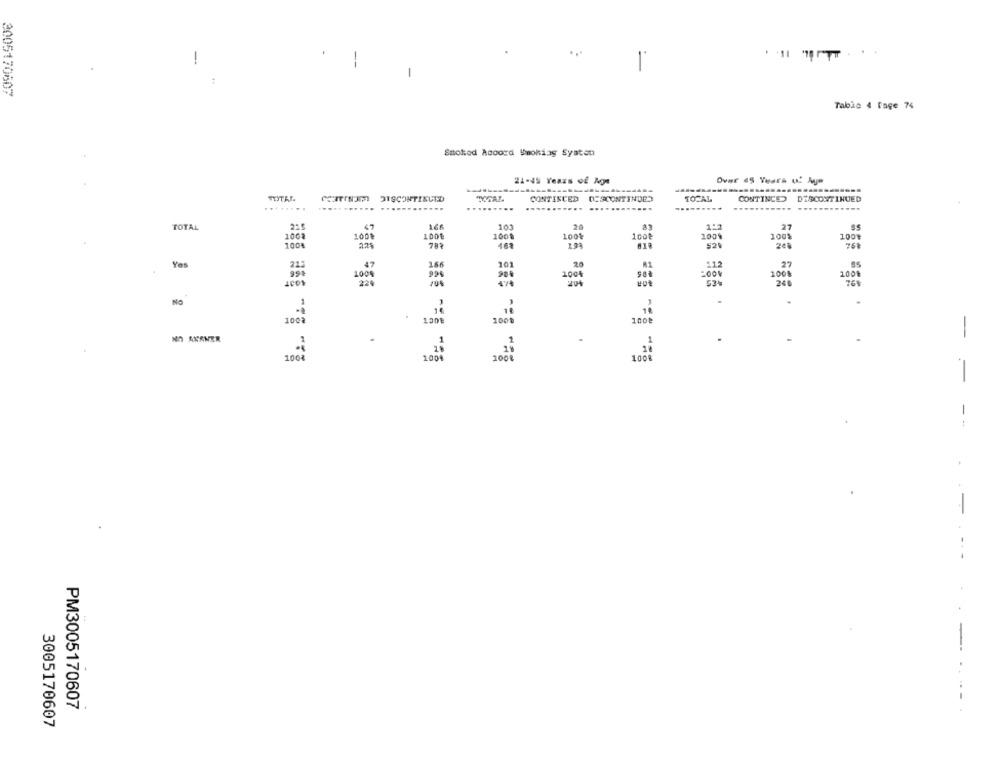
.
-
--
1
-
3005170607
Tablo 4 Tage 74
Smoked Acoord Smoking Systen
21-45 Years of Age
Over 45 Years of Age
DISCONTINUED
TOTAL.
CONTINCED
DESCONTINUED
TOTAL
CONTINCED
DISCONTINUED
........
.......
-------
TOTAL
215
47
166
10.1
20
83
27
1002
1001
1001
1001
1001
1001
100%
100%
100%
783
618
521
768
22%
Yes
22:
47
166
201
26
:12
27
99%
1008
90.
2004
1008
100%
220
53%
248
761
NO
.
1002
1208
100%
NO AXANER
2
-
100%
100
100€
--
--
-
..- -
PM3005170607
3005170607